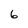
Character: 6